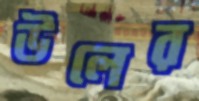
উলের